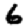
Digit: 6